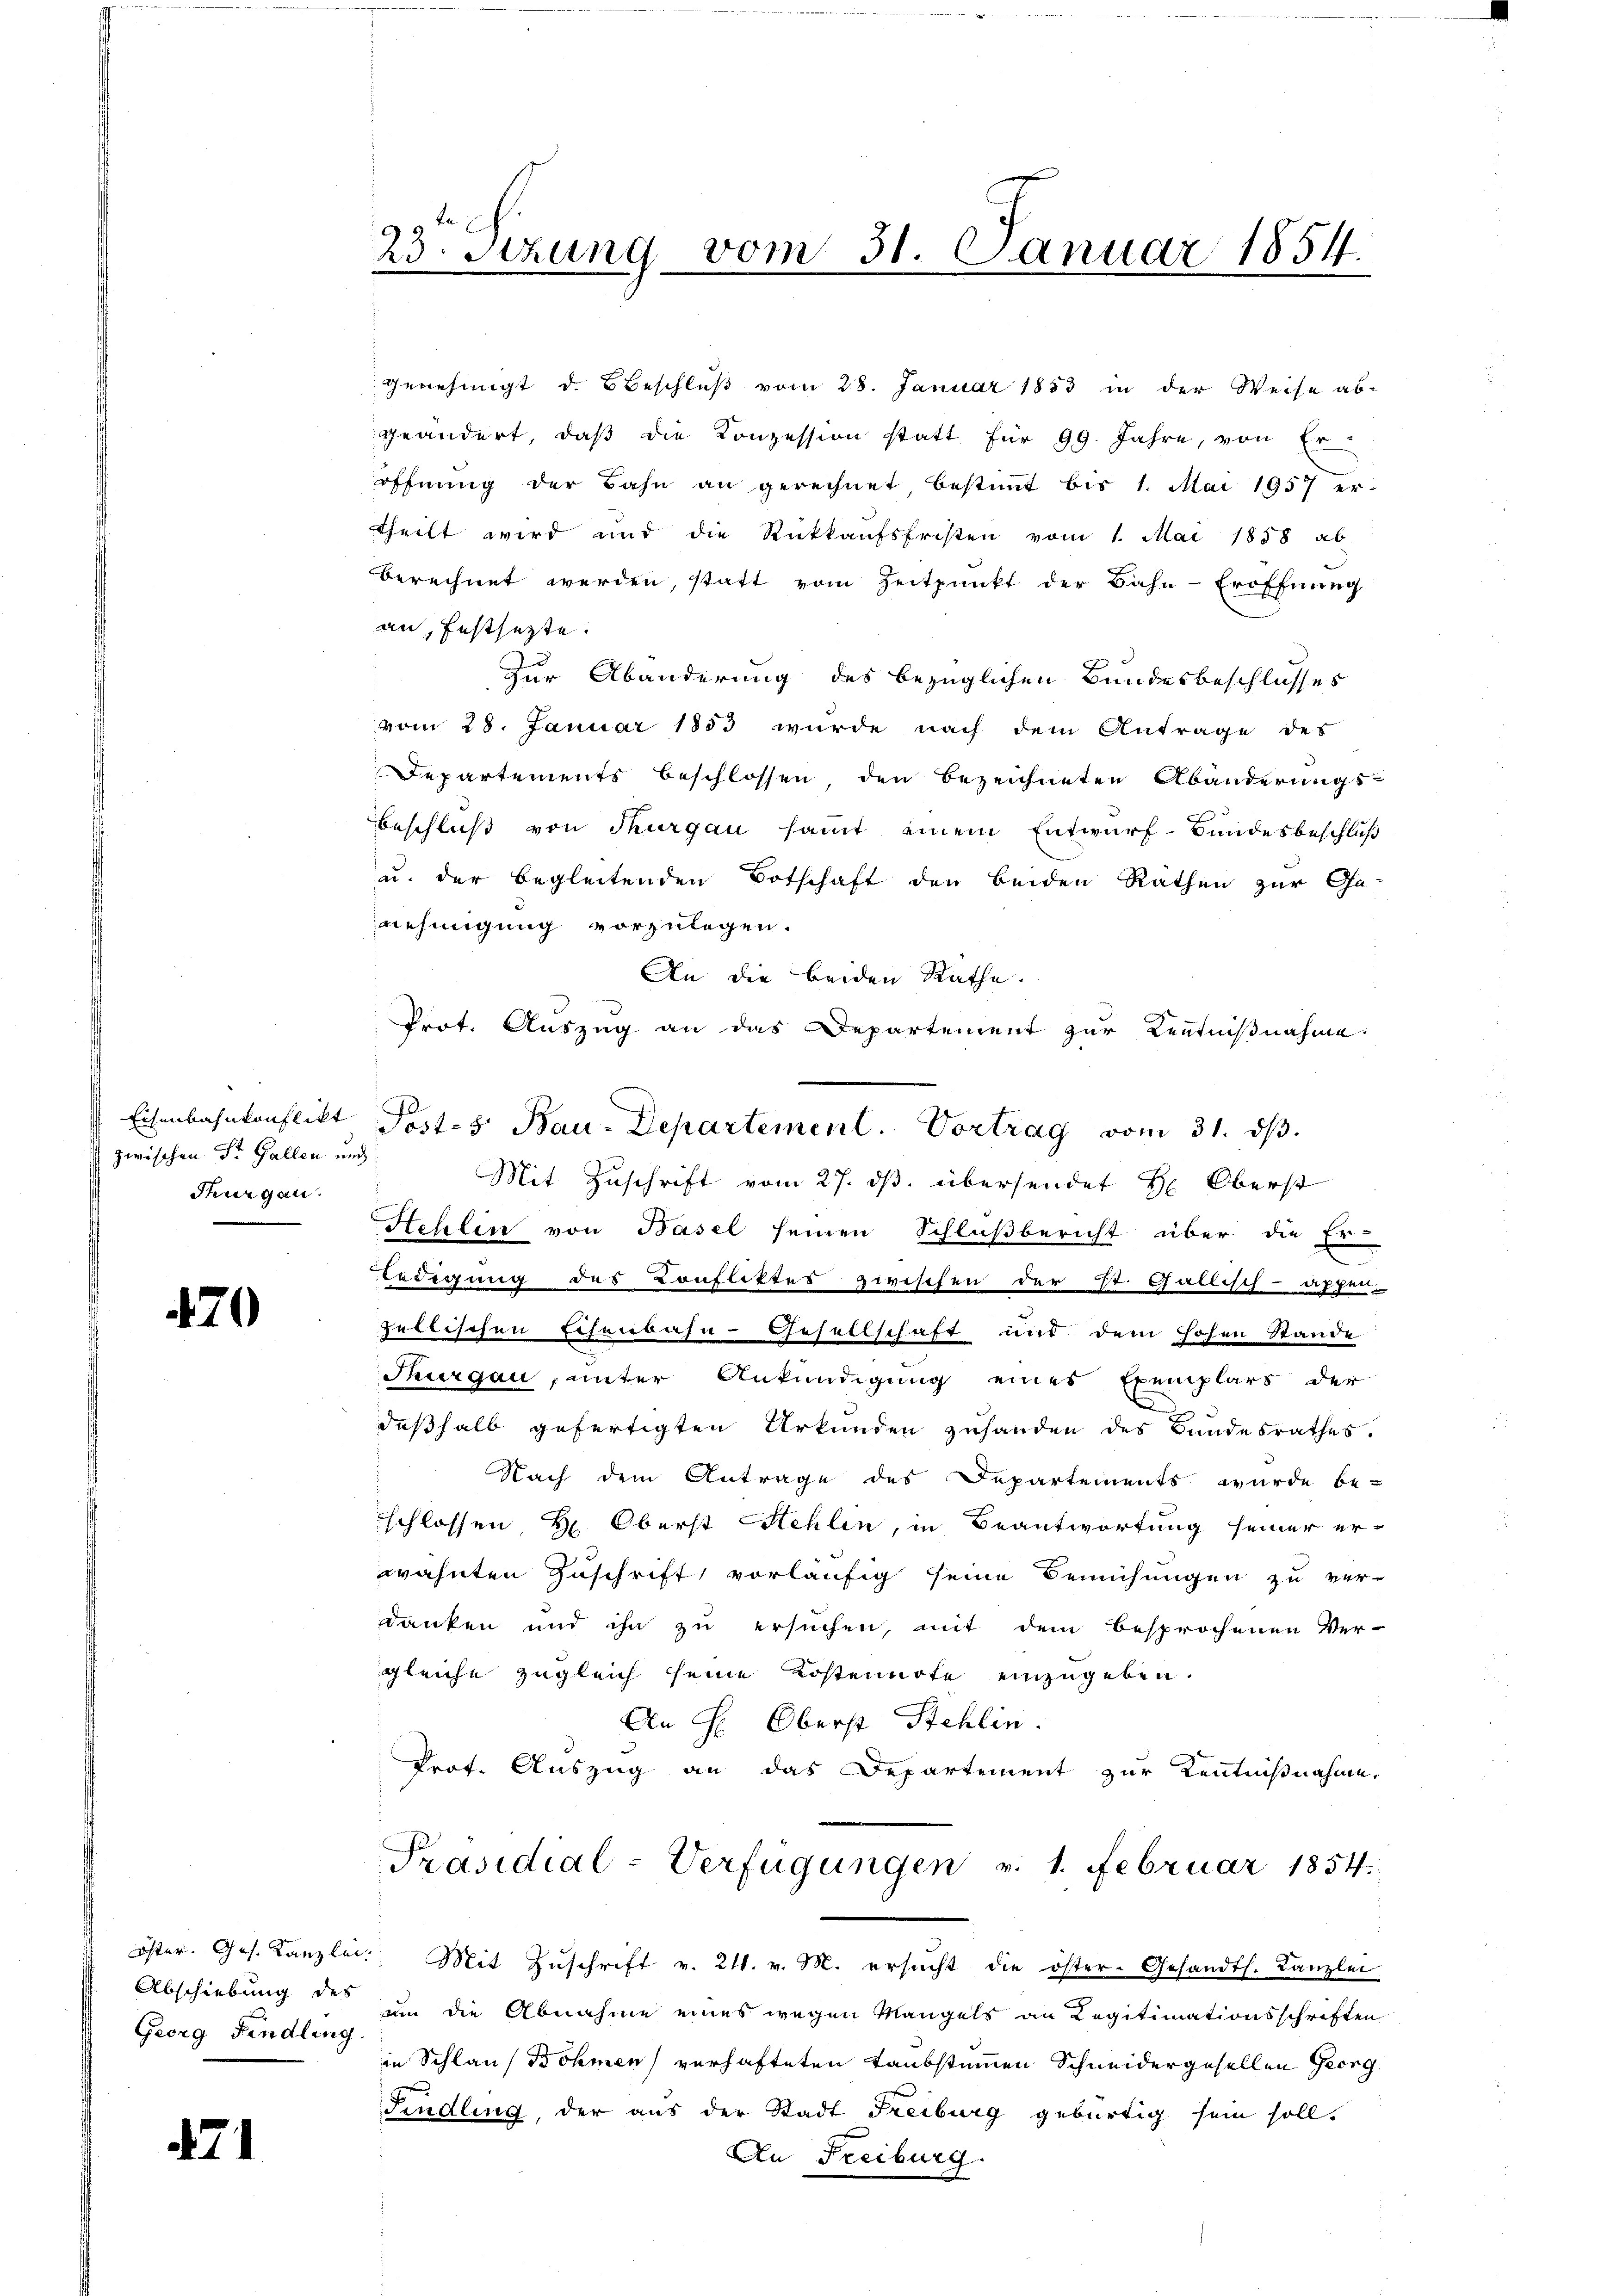
Eisenbahnkonflikt
zwischen Dr. Gallen und
durgau.

470

Abschiebung des
Georg Findling

71

23. Sizung vom 31. Januar 1854.

genehmigt d. Beschluß vom 28. Januar 1853 in der Weise ab-
geändert, daß die Konzession statt für 99. Jahre, von Er-
öffnŭng der Bahn an gerechnet, bestimmt bis 1. Mai 1957 er-
theilt wird und die Rückkaŭfsfristen vom 1. Mai 1858 ab
berechnet werden, statt vom Zeitpunkt der Bahn-Eröffnung
an, festsetzte.
Zur Abänderung des bezüglichen Bundesbeschlusses
vom 28. Januar 1853 wurde nach dem Antrage des
Departements beschlossen, den bezeichneten Abänderungs¬
Beschluß von Thurgau samt einem Entwurf-Bundesbeschluß
u. der begleitenden Botschaft den beiden Rathen zur Ge-
aehmigung vorzulegen.
An die beiden Rathe.
Prot. Auszug an das Departement zur Kenntnißnahme:
Mit Zuschrift vom 27. ds. übersendet H: Oberst
Hehlen von Basel seinen Schlußbericht über die Er-
Ledigung des Konflittes zwischen der St. Gallisch-Appen-
jebtischen Eisenbahn-Gesellschaft und dem hohen Stande
Thurgau, unter Ankündigung eines Exemplars der
deßhalb gefertigten Urkunden zuhanden des Bandesrathes.
Nach dem Antrage des Departements wurde be-
schlossen H: Oberst Hehlen, in Beantwortung seiner er-
wähnten Zuschrift vorläufig seine Bemühungen zu ver-
danken und ihn zu ersuchen, mit dem besprochenen Ver-
gleiche zugleich seine Kostennote einzugeben.
An H. Oberst Stehlin
Prof. Auszug an das Departement zur Kenntnißnahme.
Präsidial-Verfügungen v. 1. Februar 1854.
öster. Ges. Kanzlei Mit Zŭschrift v. 21. v. M. ersŭcht die öster-Gesandts. Kanzlei
um die Abnahme eines wegen Mangels an Legitimationsschriften
in Schlauf Böhmen verhafteten Taubstummen Schneidergesellen Georg
Findling, der aus der Stadt Freiburg gebürtig sein soll,
An Freiburg.

Post- 5. Bau-Departement. Vortrag vom 31. ds.